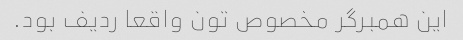
این همبرگر مخصوص تون واقعا ردیف بود.